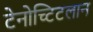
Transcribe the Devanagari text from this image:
टेनोच्टिटलान